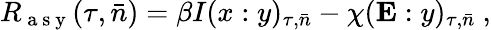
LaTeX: R_{\mathrm{~a~s~y~}}(\tau,\bar{n})=\beta I(x:y)_{\tau,\bar{n}}-\chi(\mathbf{E}:y)_{\tau,\bar{n}}~,